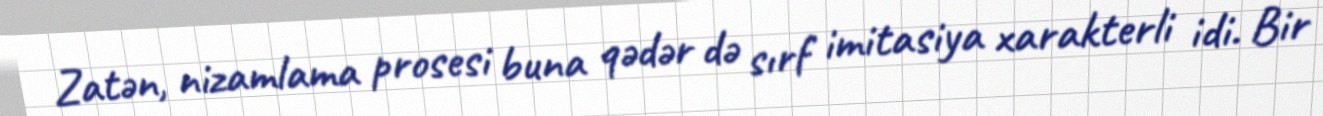
Zatən, nizamlama prosesi buna qədər də sırf imitasiya xarakterli idi. Bir